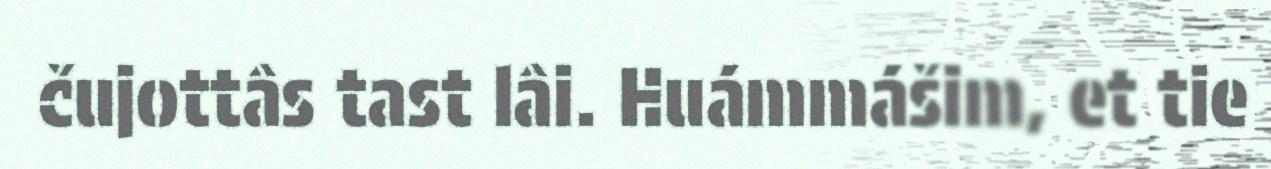
čujottâs tast lâi. Huámmášim, et tie